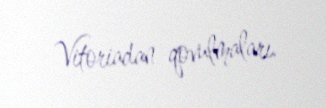
Vitoriadan qovulmaları.